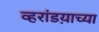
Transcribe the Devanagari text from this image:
व्हरांडय़ाच्या